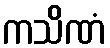
ကသိဏံ